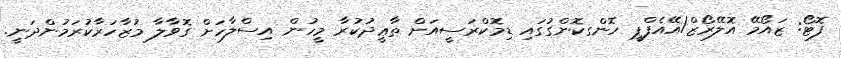
ފޮޓޯ: ޒައޯމޭ އޮލޭރޯޒް/އޭއެފްޕީ ހޮންގކޮންގުގައި ޑިމޮކްރަސީއަށް ތާޢީދުކުރާ މީހުން އިސްލާހަށް ގޮވާލާ މުޒާހަރާކުރަމުންދަނީ.